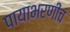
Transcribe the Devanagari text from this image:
पायाभरणीचं